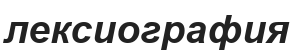
лексиография